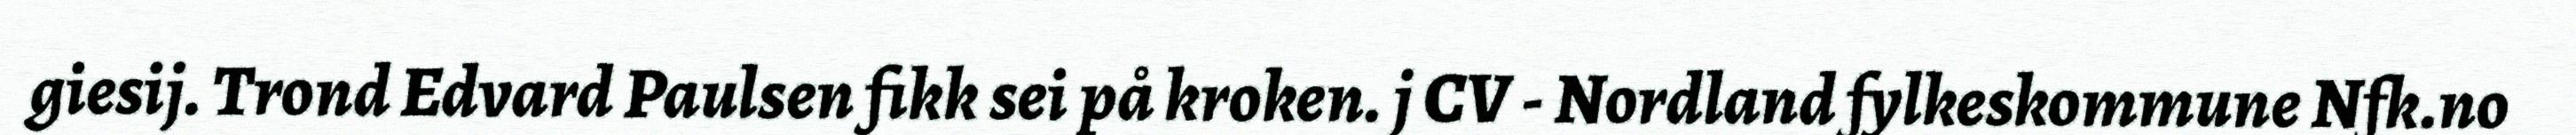
giesij. Trond Edvard Paulsen fikk sei på kroken. j CV - Nordland fylkeskommune Nfk.no